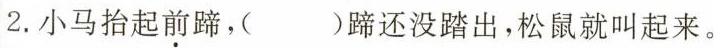
2.小马抬起前蹄，( )蹄还没踏出，松鼠就叫起来。